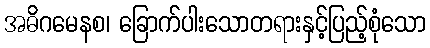
အဓိဂမေနစ၊ ခြောက်ပါးသောတရားနှင့်ပြည့်စုံသော